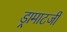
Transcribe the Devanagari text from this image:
ड्रामाटर्जी